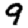
Digit: 9